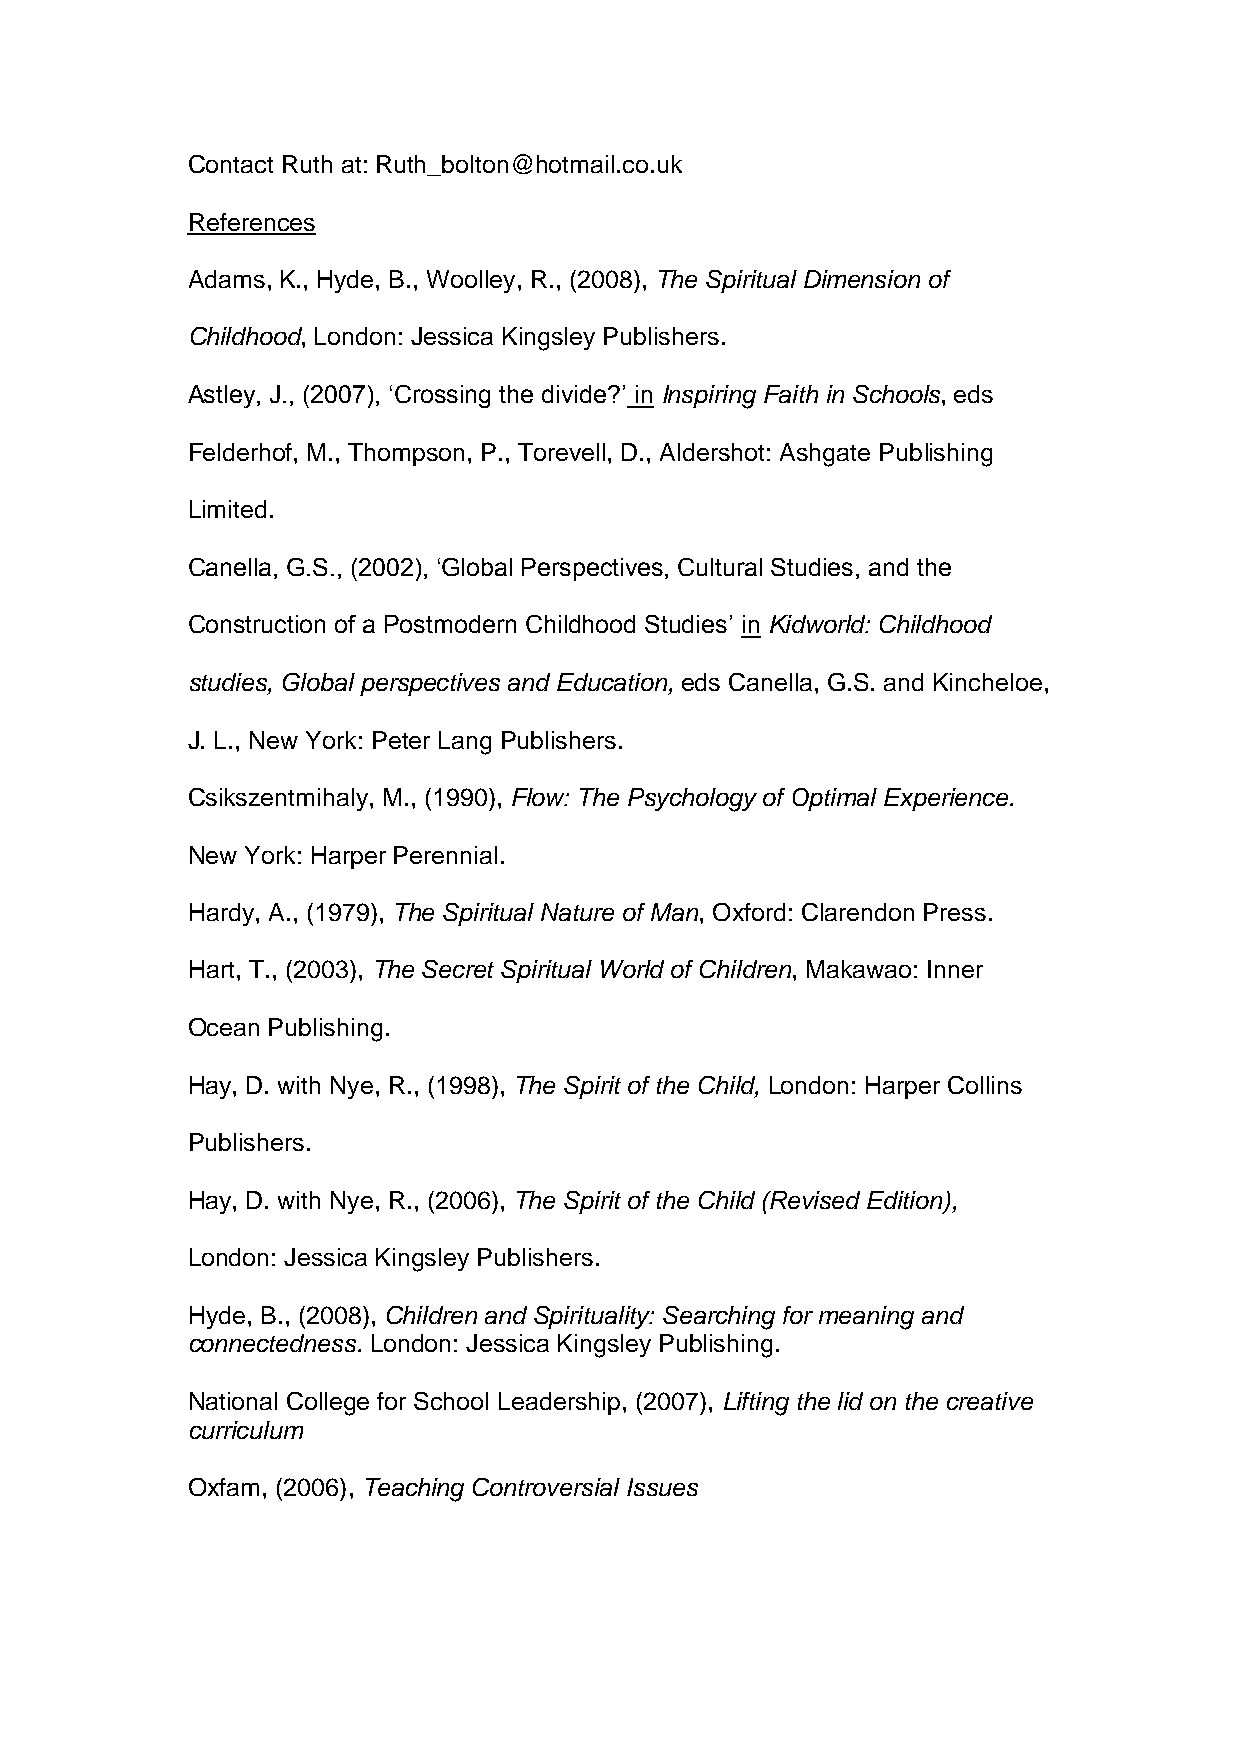
Contact Ruth at: Ruth_bolton@hotmail.co.uk
 References
 Adams, K., Hyde, B., Woolley, R., (2008), The Spiritual Dimension of
 Childhood, London: Jessica Kingsley Publishers.
 Astley, J., (2007), ‘Crossing the divide?’ in Inspiring Faith in Schools, eds
 Felderhof, M., Thompson, P., Torevell, D., Aldershot: Ashgate Publishing
 Limited.
 Canella, G.S., (2002), ‘Global Perspectives, Cultural Studies, and the
 Construction of a Postmodern Childhood Studies’ in Kidworld: Childhood
 studies, Global perspectives and Education, eds Canella, G.S. and Kincheloe,
 J. L., New York: Peter Lang Publishers.
 Csikszentmihaly, M., (1990), Flow: The Psychology of Optimal Experience.
 New York: Harper Perennial.
 Hardy, A., (1979), The Spiritual Nature of Man, Oxford: Clarendon Press.
 Hart, T., (2003), The Secret Spiritual World of Children, Makawao: Inner
 Ocean Publishing.
 Hay, D. with Nye, R., (1998), The Spirit of the Child, London: Harper Collins
 Publishers.
 Hay, D. with Nye, R., (2006), The Spirit of the Child (Revised Edition),
 London: Jessica Kingsley Publishers.
 Hyde, B., (2008), Children and Spirituality: Searching for meaning and
 connectedness. London: Jessica Kingsley Publishing.
 National College for School Leadership, (2007), Lifting the lid on the creative
 curriculum
 Oxfam, (2006), Teaching Controversial Issues